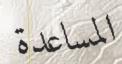
المساعدة